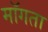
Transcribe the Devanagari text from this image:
माॅगता